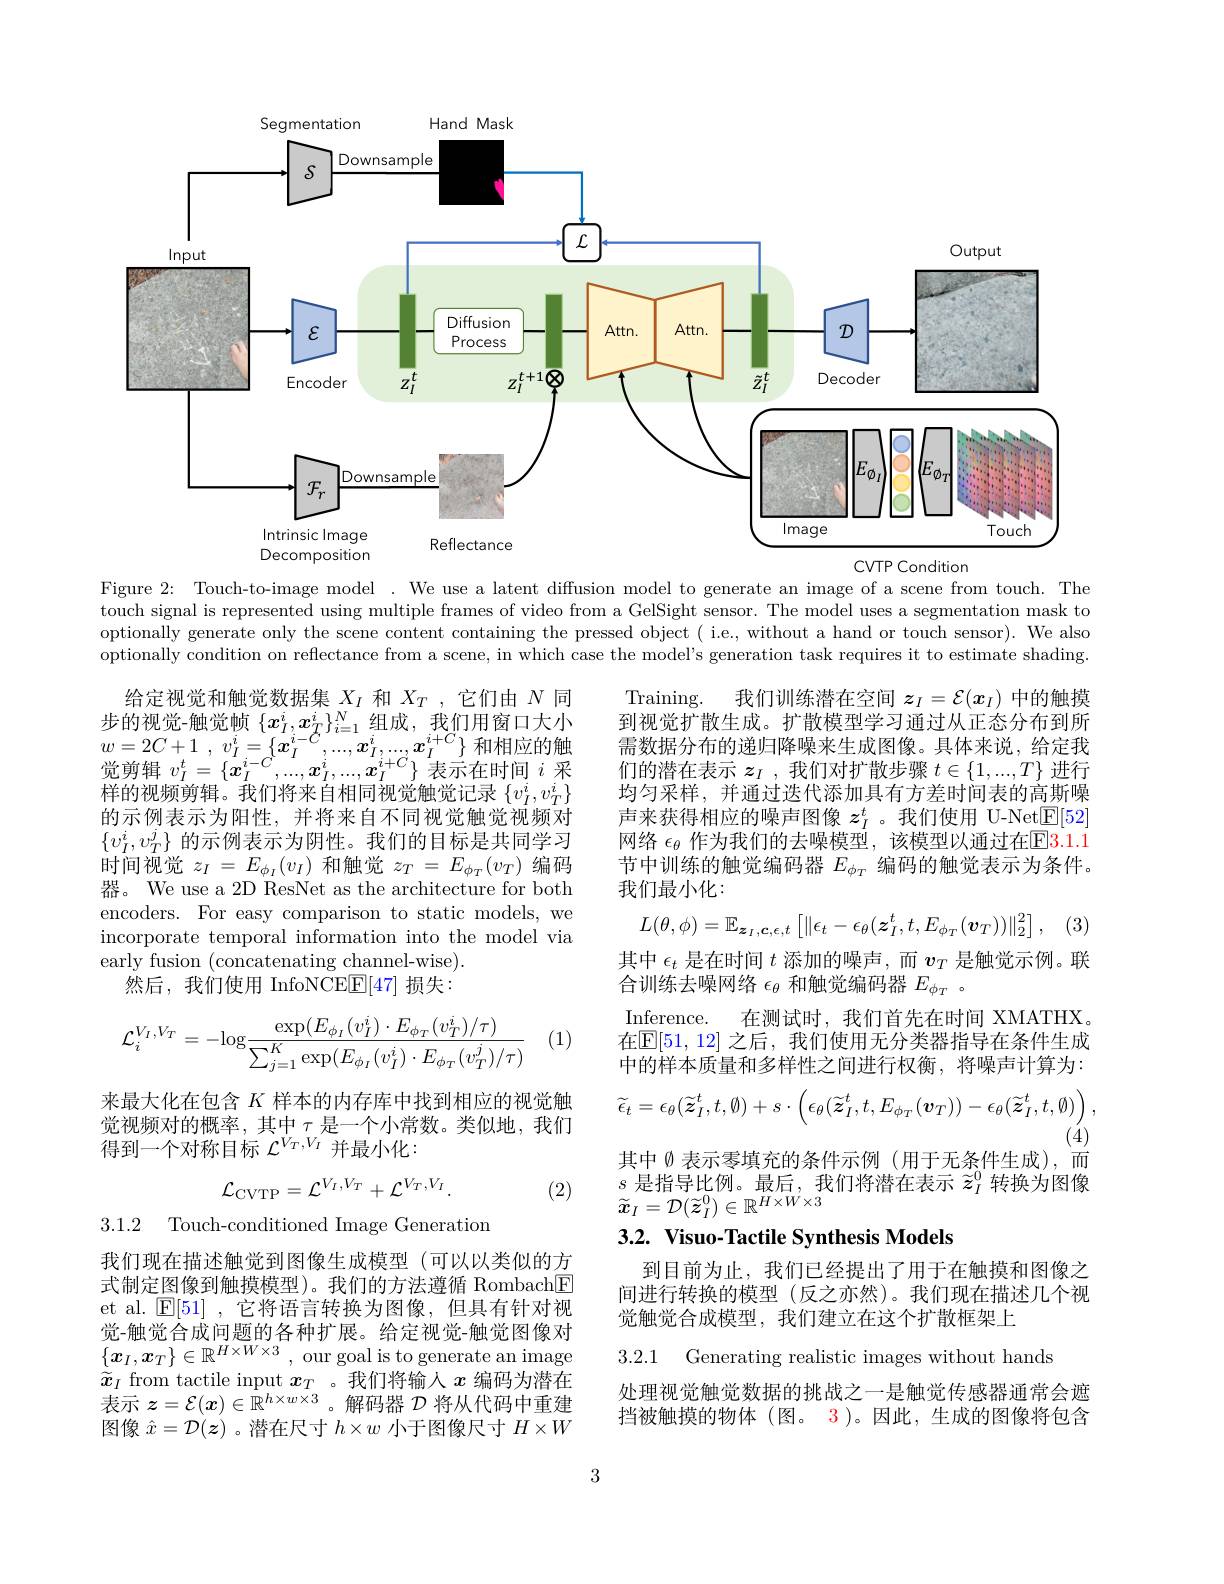
<FigureHere>

Figure 2: Touch-to-image model . We use a latent diffusion model to generate an image of a scene from touch. The touch signal is represented using multiple frames of video from a GelSight sensor. The model uses a segmentation mask to optionally generate only the scene content containing the pressed object ( i.e., without a hand or touch sensor). We also optionally condition on reflectance from a scene, in which case the model's generation task requires it to estimate shading.

Training.
我们训练潜在空间$z_I=\mathcal{E}(x_I)$中的触摸
到视觉扩散生成。扩散模型学习通过从正态分布到所需数据分布的递归降噪来生成图像。具体来说，给定我们的潜在表示$z_I$ ,我们对扩散步骤$t\in\{1,...,T\}$进行均匀采样，并通过迭代添加具有方差时间表的高斯噪声来获得相应的噪声图像$z_I^t$ 。我们使用 U-Net$\underline{\mathrm{E}}[52]$ 网络 $\epsilon_\theta$ 作为我们的去噪模型，该模型以通过在$\color{red}{\mathrm{E}}\color{blue}{\mathrm{E}}\color{red}{\mathrm{E}}\color{red}{\mathrm{3.1.1}}$ 节中训练的触觉编码器$E_\phi_T$编码的触觉表示为条件。我们最小化：

给定视觉和触觉数据集$X_I$和$X_T$,它们由$N$同$\begin{array}{l}\text{步的视觉-触觉帧}\left\{x_{I}^{i},x_{T}^{i}\right\}_{i=1}^{N}\text{组成，我们用窗口大小}\\w=2C+1\:,\:v_{I}^{i}=\left\{\boldsymbol{x}_{I}^{i-C},\ldots,\boldsymbol{x}_{I}^{i},\ldots,\boldsymbol{x}_{I}^{i}\right\}\text{和相应的触}\\\text{当当点}t=t\end{array}$ 觉剪辑$v_I^t=\{\dot{x}_I^{i-C},...,x_I^i,...,x_I^{i+C}\}$表示在时间$i$采样的视频剪辑。我们将来自相同视觉触觉记录$\{v_I^i,v_T^i\}$ 的示例表示为阳性，并将来自不同视觉触觉视频对$\{v_I^i,v_T^j\}$的示例表示为阴性。我们的目标是共同学习时间视觉$z_I=E_{\phi_I}(v_I)$和触觉$z_T=E_{\phi_T}(v_T)$编码器。We use a 2D ResNet as the architecture for both encoders. For easy comparison to static models, we incorporate temporal information into the model via early fusion (concatenating channel-wise).
然后，我们使用 InfoNCE$\mathbb{E}[47]$损失：
$$L(\theta,\phi)=\mathbb{E}_{\boldsymbol{z}_{I},\boldsymbol{c},\epsilon,t}\left[\|\epsilon_{t}-\epsilon_{\theta}(\boldsymbol{z}_{I}^{t},t,E_{\phi_{T}}(\boldsymbol{v}_{T}))\|_{2}^{2}\right],$$
(1)
$$\mathcal{L}_i^{V_I,V_T}=-\mathrm{log}\frac{\exp(E_{\phi_I}(v_I^i)\cdot E_{\phi_T}(v_T^i)/\tau)}{\sum_{j=1}^K\exp(E_{\phi_I}(v_I^i)\cdot E_{\phi_T}(v_T^j)/\tau)}$$
其中$\epsilon_t$是在时间$t$添加的噪声，而$v_T$是触觉示例。联
合训练去噪网络$\epsilon_\theta$和触觉编码器$E_\phi_T$ 。
Inference. 在测试时，我们首先在时间 XMATHX 在$\mathbb{E}[51,12]$ 之后，我们使用无分类器指导在条件生成中的样本质量和多样性之间进行权衡，将噪声计算为：
$$\widetilde{\epsilon}_{t}=\epsilon_{\theta}(\widetilde{z}_{I}^{t},t,\emptyset)+s\cdot\left(\epsilon_{\theta}(\widetilde{z}_{I}^{t},t,E_{\phi_{T}}(\boldsymbol{v}_{T}))-\epsilon_{\theta}(\widetilde{z}_{I}^{t},t,\emptyset)\right),$$
(4)
其中《表示零填充的条件示例(用于无条件生成),而$s$是指导比例。最后，我们将潜在表示$\widetilde{z}_I^0$转换为图像$\widetilde{x}_{I}=\mathcal{D}(\widetilde{z}_{I}^{0})\in\mathbb{R}^{H\times W\times3}$

来最大化在包含$K$样本的内存库中找到相应的视觉触觉视频对的概率，其中$\tau$是一个小常数。类似地，我们得到一个对称目标$\mathcal{L}^V_T,V_I$并最小化：

(2)
$$\mathcal{L}_{\mathrm{CVTP}}=\mathcal{L}^{V_{I},V_{T}}+\mathcal{L}^{V_{T},V_{I}}.$$
$3.1.2^{\prime}$

## 3.2. Visuo-Tactile Synthesis Models

到目前为止，我们已经提出了用于在触摸和图像之间进行转换的模型(反之亦然)。我们现在描述几个视觉触觉合成模型，我们建立在这个扩散框架上

我们现在描述触觉到图像生成模型(可以以类似的方式制定图像到触摸模型)。我们的方法遵循 Rombach$\boxed{\mathrm{F}}$ et al. $\mathsf{E}[51]$,它将语言转换为图像，但具有针对视觉-触觉合成问题的各种扩展。给定视觉-触觉图像对$\{x_I,x_T\}\in\mathbb{R}^{H\times W\times3}$, our goal is to generate an image $\widetilde{x}_I$ from tactile input $\boldsymbol{x}_T$ 。我们将输人$x$编码为潜在表示$z=\mathcal{E}(x)\in\mathbb{R}^{h\times w\times3}$ 。解码器$\mathcal{D}$将从代码中重建图像$\hat{x}=\mathcal{D}(\boldsymbol{z})$ 。潜在尺寸$h\times w$小于图像尺寸$H\times W$

3.2.1 Generating realistic images without hands

处理视觉触觉数据的挑战之一是触觉传感器通常会遮挡被触摸的物体(图。3)。因此，生成的图像将包含

3